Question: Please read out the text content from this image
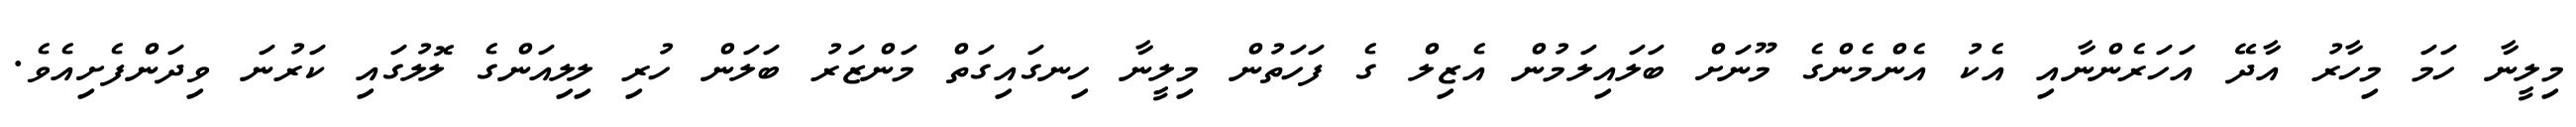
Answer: މިލީނާ ހަމަ މިހާރު އާދޭ އަހަރެންނާއި އެކު އެންމެންގެ މޫނަށް ބަލައިލަމުން އެޒިލް ގެ ފަހަތުން މިލީނާ ހިނގައިގަތް މަންޒަރު ބަލަން ހުރި ލިލިއަންގެ ލޮލުގައި ކަރުނަ ވިދަންފެށިއެވެ.